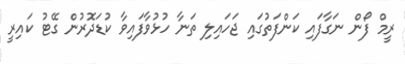
ރީމް ފޯން ނަގާފައި ކަންފަތުގައި ޖަހައިލި ތަނާ ހުޅުވާފައިވާ ކުޑަދޮރުން ގޭޓު ކައިރީ